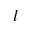
l